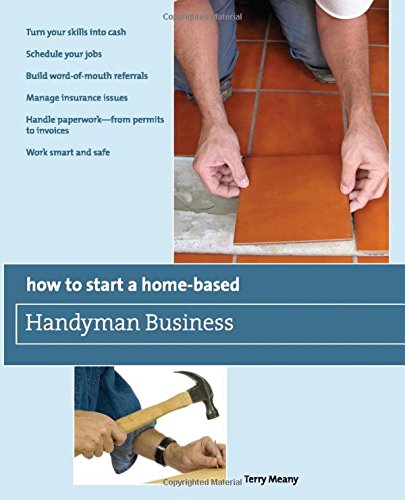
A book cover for How to Start a Home-Based Handyman Business: *Turn Your Skills Into Cash *Schedule Your Jobs *Build Word-Of-Mouth Referrals *Manage Insurance Issues ... Smart And Safe (Home-Based Business Series); Terry Meany; Business & Money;